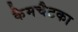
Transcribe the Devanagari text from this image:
कैमचैटका